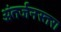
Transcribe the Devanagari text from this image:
अंतर्जनस्तर।